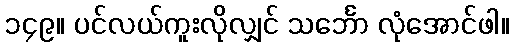
၁၄၉။ ပင်လယ်ကူးလိုလျှင် သင်္ဘော လုံအောင်ဖါ။